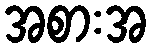
အစားအ